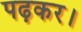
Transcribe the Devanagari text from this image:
पढ़कर।